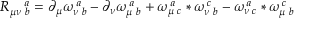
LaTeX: R _ { \mu \nu \, \, b } ^ { \quad a } = \partial _ { \mu } \omega _ { \nu \, \, b } ^ { \, a } - \partial _ { \nu } \omega _ { \mu \, \, b } ^ { \, a } + \omega _ { \mu \, \, c } ^ { \, a } \ast \omega _ { \nu \, \, b } ^ { \, c } - \omega _ { \nu \, \, c } ^ { \, a } \ast \omega _ { \mu \, \, b } ^ { \, c }